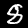
Label: 8